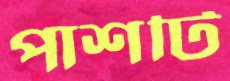
পাশটি